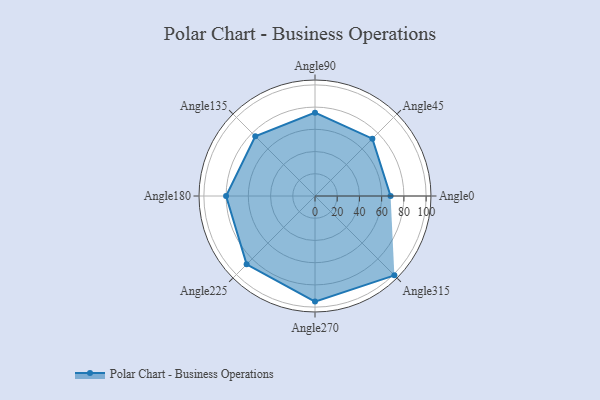
{"axis": {"x": "Angle", "y": "Radius"}, "legend": [""], "data": [{"x": "Angle0", "y": 68.0, "type": ""}, {"x": "Angle45", "y": 73.0, "type": ""}, {"x": "Angle90", "y": 75.0, "type": ""}, {"x": "Angle135", "y": 76.0, "type": ""}, {"x": "Angle180", "y": 80.0, "type": ""}, {"x": "Angle225", "y": 87.0, "type": ""}, {"x": "Angle270", "y": 95.0, "type": ""}, {"x": "Angle315", "y": 101.0, "type": ""}]}